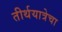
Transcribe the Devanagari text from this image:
तीर्थयात्रेचा